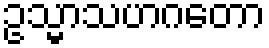
ဥသ္မာသဟဂတော